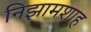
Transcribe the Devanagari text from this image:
निझामशाह